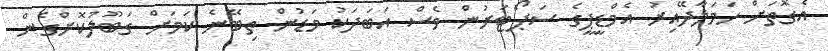
އެގޮތަށް ހަމަލާދޭއިރު އެމްޑީޕީގެ ސަޕޯޓަރުން ވެސް އަބަދަކު މަޑުން ތިބޭނެ ކަމަށް ގަބޫލުކޮށްގެން